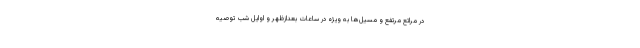
در مراتع مرتفع و مسیل‌ها به ویژه در ساعات بعدازظهر و اوایل شب توصیه